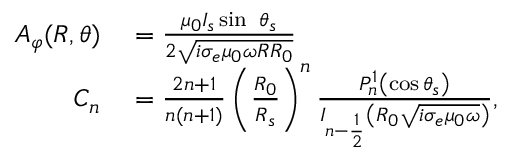
\begin{array} { r l } { A _ { \varphi } ( R , \theta ) } & { { } = \frac { \mu _ { 0 } I _ { s } \sin \ \theta _ { s } } { 2 \sqrt { i \sigma _ { e } \mu _ { 0 } \omega R R _ { 0 } } } } \\ { C _ { n } } & { { } = \frac { 2 n + 1 } { n ( n + 1 ) } \left( \frac { R _ { 0 } } { R _ { s } } \right) ^ { n } \frac { P _ { n } ^ { 1 } \left( \cos \theta _ { s } \right) } { I _ { n - \frac { 1 } { 2 } } \left( R _ { 0 } \sqrt { i \sigma _ { e } \mu _ { 0 } \omega } \right) } , } \end{array}